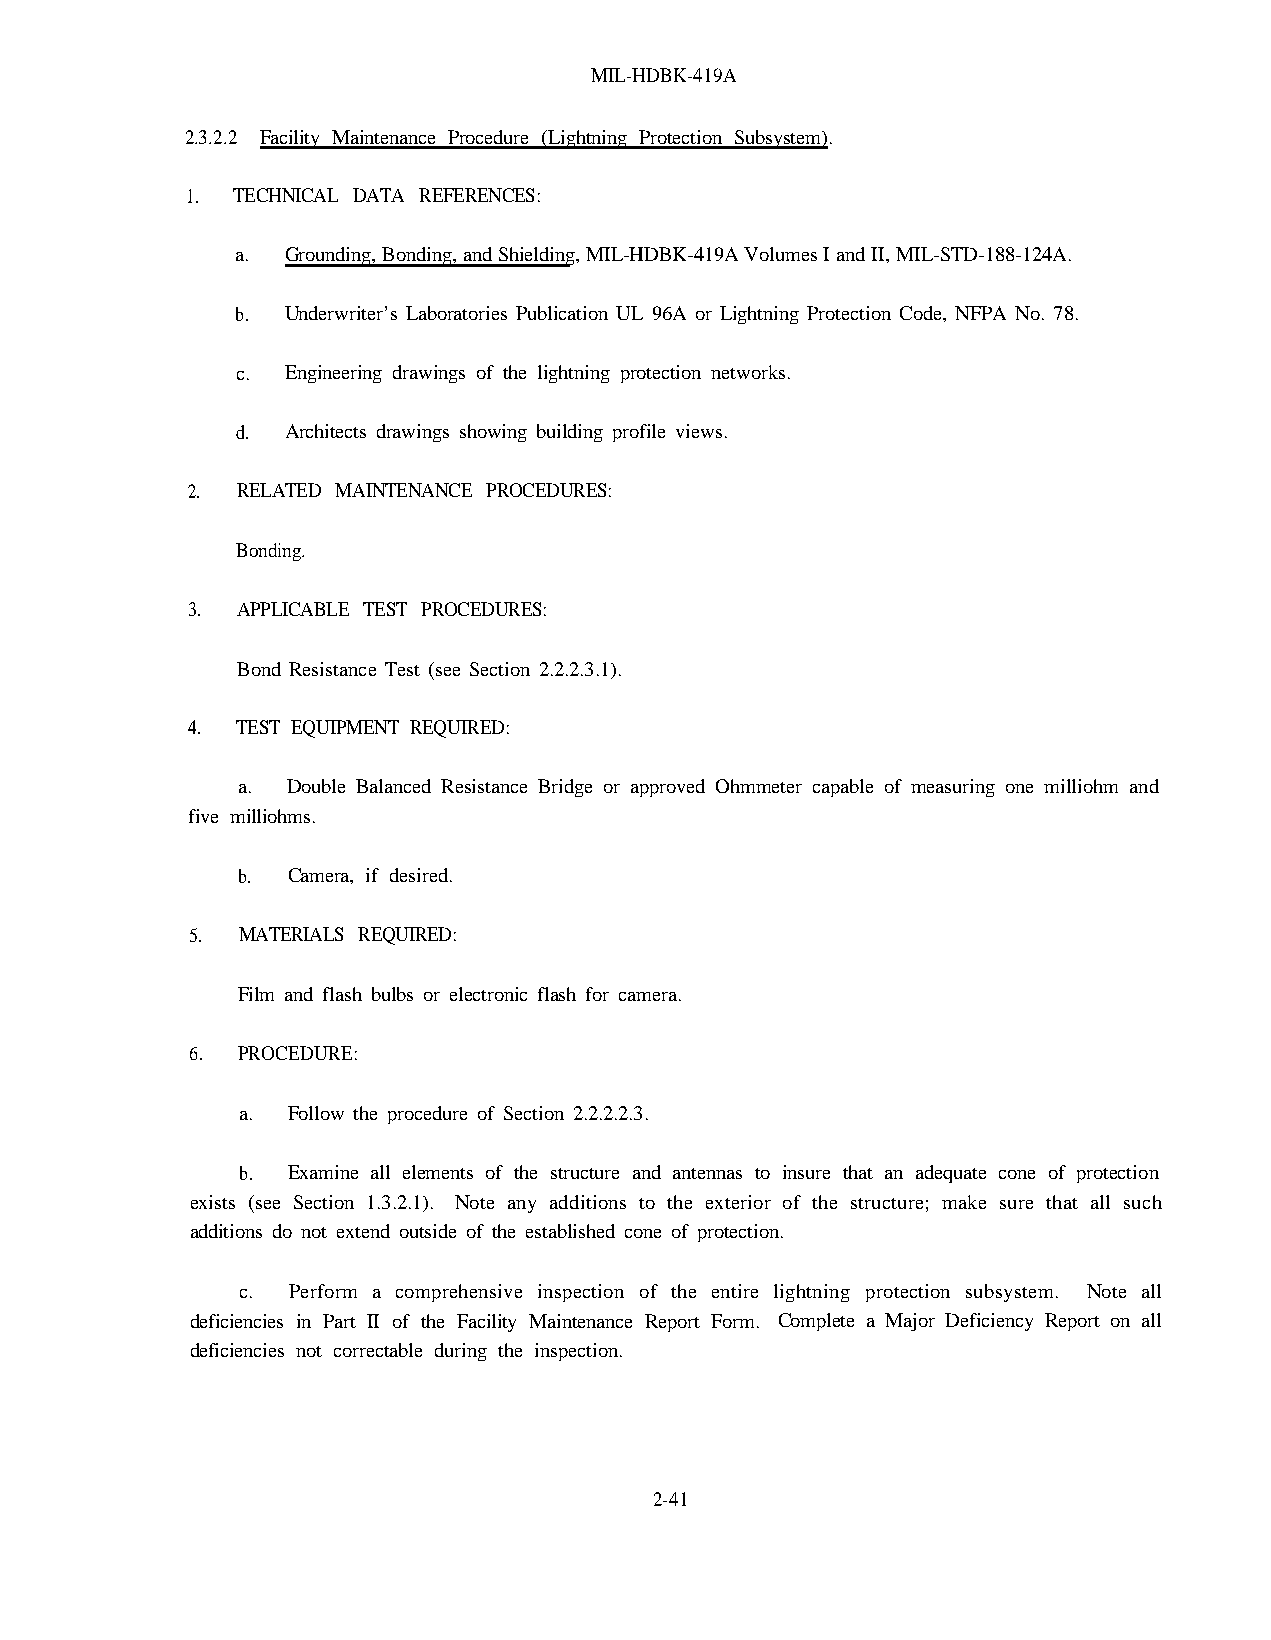
MIL-HDBK-419A
 2.3.2.2 Facility Maintenance Procedure (Lightning Protection Subsystem).
 1. TECHNICAL DATA REFERENCES:
 a. Grounding, Bonding, and Shielding, MIL-HDBK-419A Volumes I and II, MIL-STD-188-124A.
 b. Underwriter’s Laboratories Publication UL 96A or Lightning Protection Code, NFPA No. 78.
 c. Engineering drawings of the lightning protection networks.
 d. Architects drawings showing building profile views.
 2.  RELATED MAINTENANCE PROCEDURES:
 Bonding.
 3.  APPLICABLE TEST PROCEDURES:
 Bond Resistance Test (see Section 2.2.2.3.1).
 4.  TEST EQUIPMENT REQUIRED:
 a. Double Balanced Resistance Bridge or approved Ohmmeter capable of measuring one milliohm and
 five milliohms.
 b. Camera, if desired.
 5. MATERIALS REQUIRED:
 Film and flash bulbs or electronic flash for camera.
 6. PROCEDURE:
 a. Follow the procedure of Section 2.2.2.2.3.
 b. Examine all elements of the structure and antennas to insure that an adequate cone of protection
 exists (see Section 1.3.2.1). Note any additions to the exterior of the structure; make sure that all such
 additions do not extend outside of the established cone of protection.
 c. Perform a comprehensive inspection of the entire lightning protection subsystem. Note all
 deficiencies in Part II of the Facility Maintenance Report Form. Complete a Major Deficiency Report on all
 deficiencies not correctable during the inspection.
 2-41